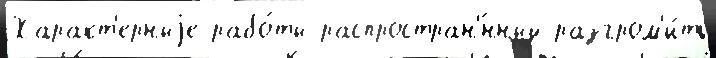
Характ'ерныjе рабо́ты распростран'́нный разгром'и́ть